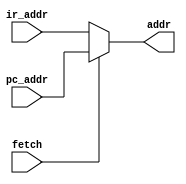
`timescale 1ns / 1ps

module address_multiplexer(
	input fetch,
	input [12:0] ir_addr,
	input [12:0] pc_addr,
	output [12:0] addr
);
	
	assign addr = fetch ? pc_addr : ir_addr;

endmodule